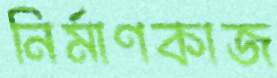
নির্মাণকাজ